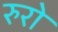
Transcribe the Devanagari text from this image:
रुरो